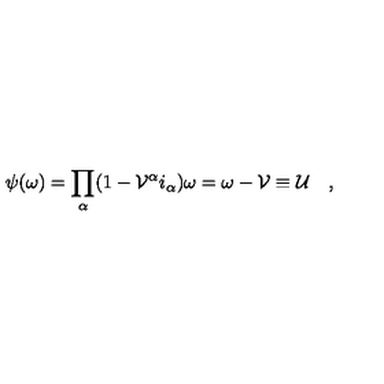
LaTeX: \psi ( \omega ) = \prod _ { \alpha } ( 1 - \mathcal { V } ^ { \alpha } i _ { \alpha } ) \omega = \omega - \mathcal { V } \equiv \mathcal { U } \quad ,